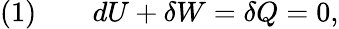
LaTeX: {\mathrm{(1)}}\qquad dU+\delta W=\delta Q=0,